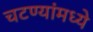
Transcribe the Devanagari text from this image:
चटण्यांमध्ये